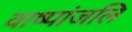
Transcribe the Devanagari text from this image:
वाष्पांजलि